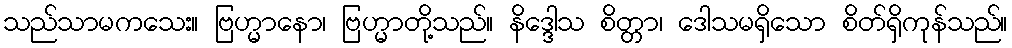
သည်သာမကသေး။ ဗြဟ္မာနော၊ ဗြဟ္မာတို့သည်။ နိဒ္ဒေါသ စိတ္တာ၊ ဒေါသမရှိသော စိတ်ရှိကုန်သည်။